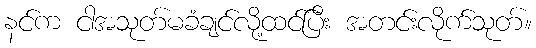
နင်က ငါအသုတ်မခံချင်လို့ထင်ပြီး အတင်းလိုက်သုတ်။